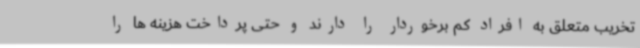
تخریب متعلق به افراد کم برخوردار را دارند و حتی پرداخت هزینه ها را